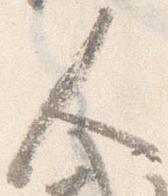
人